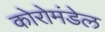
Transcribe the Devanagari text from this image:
कोरोमंडेल